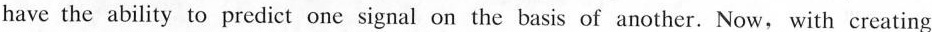
have the ability to predict onesignal on the basis of another. Now, with creating